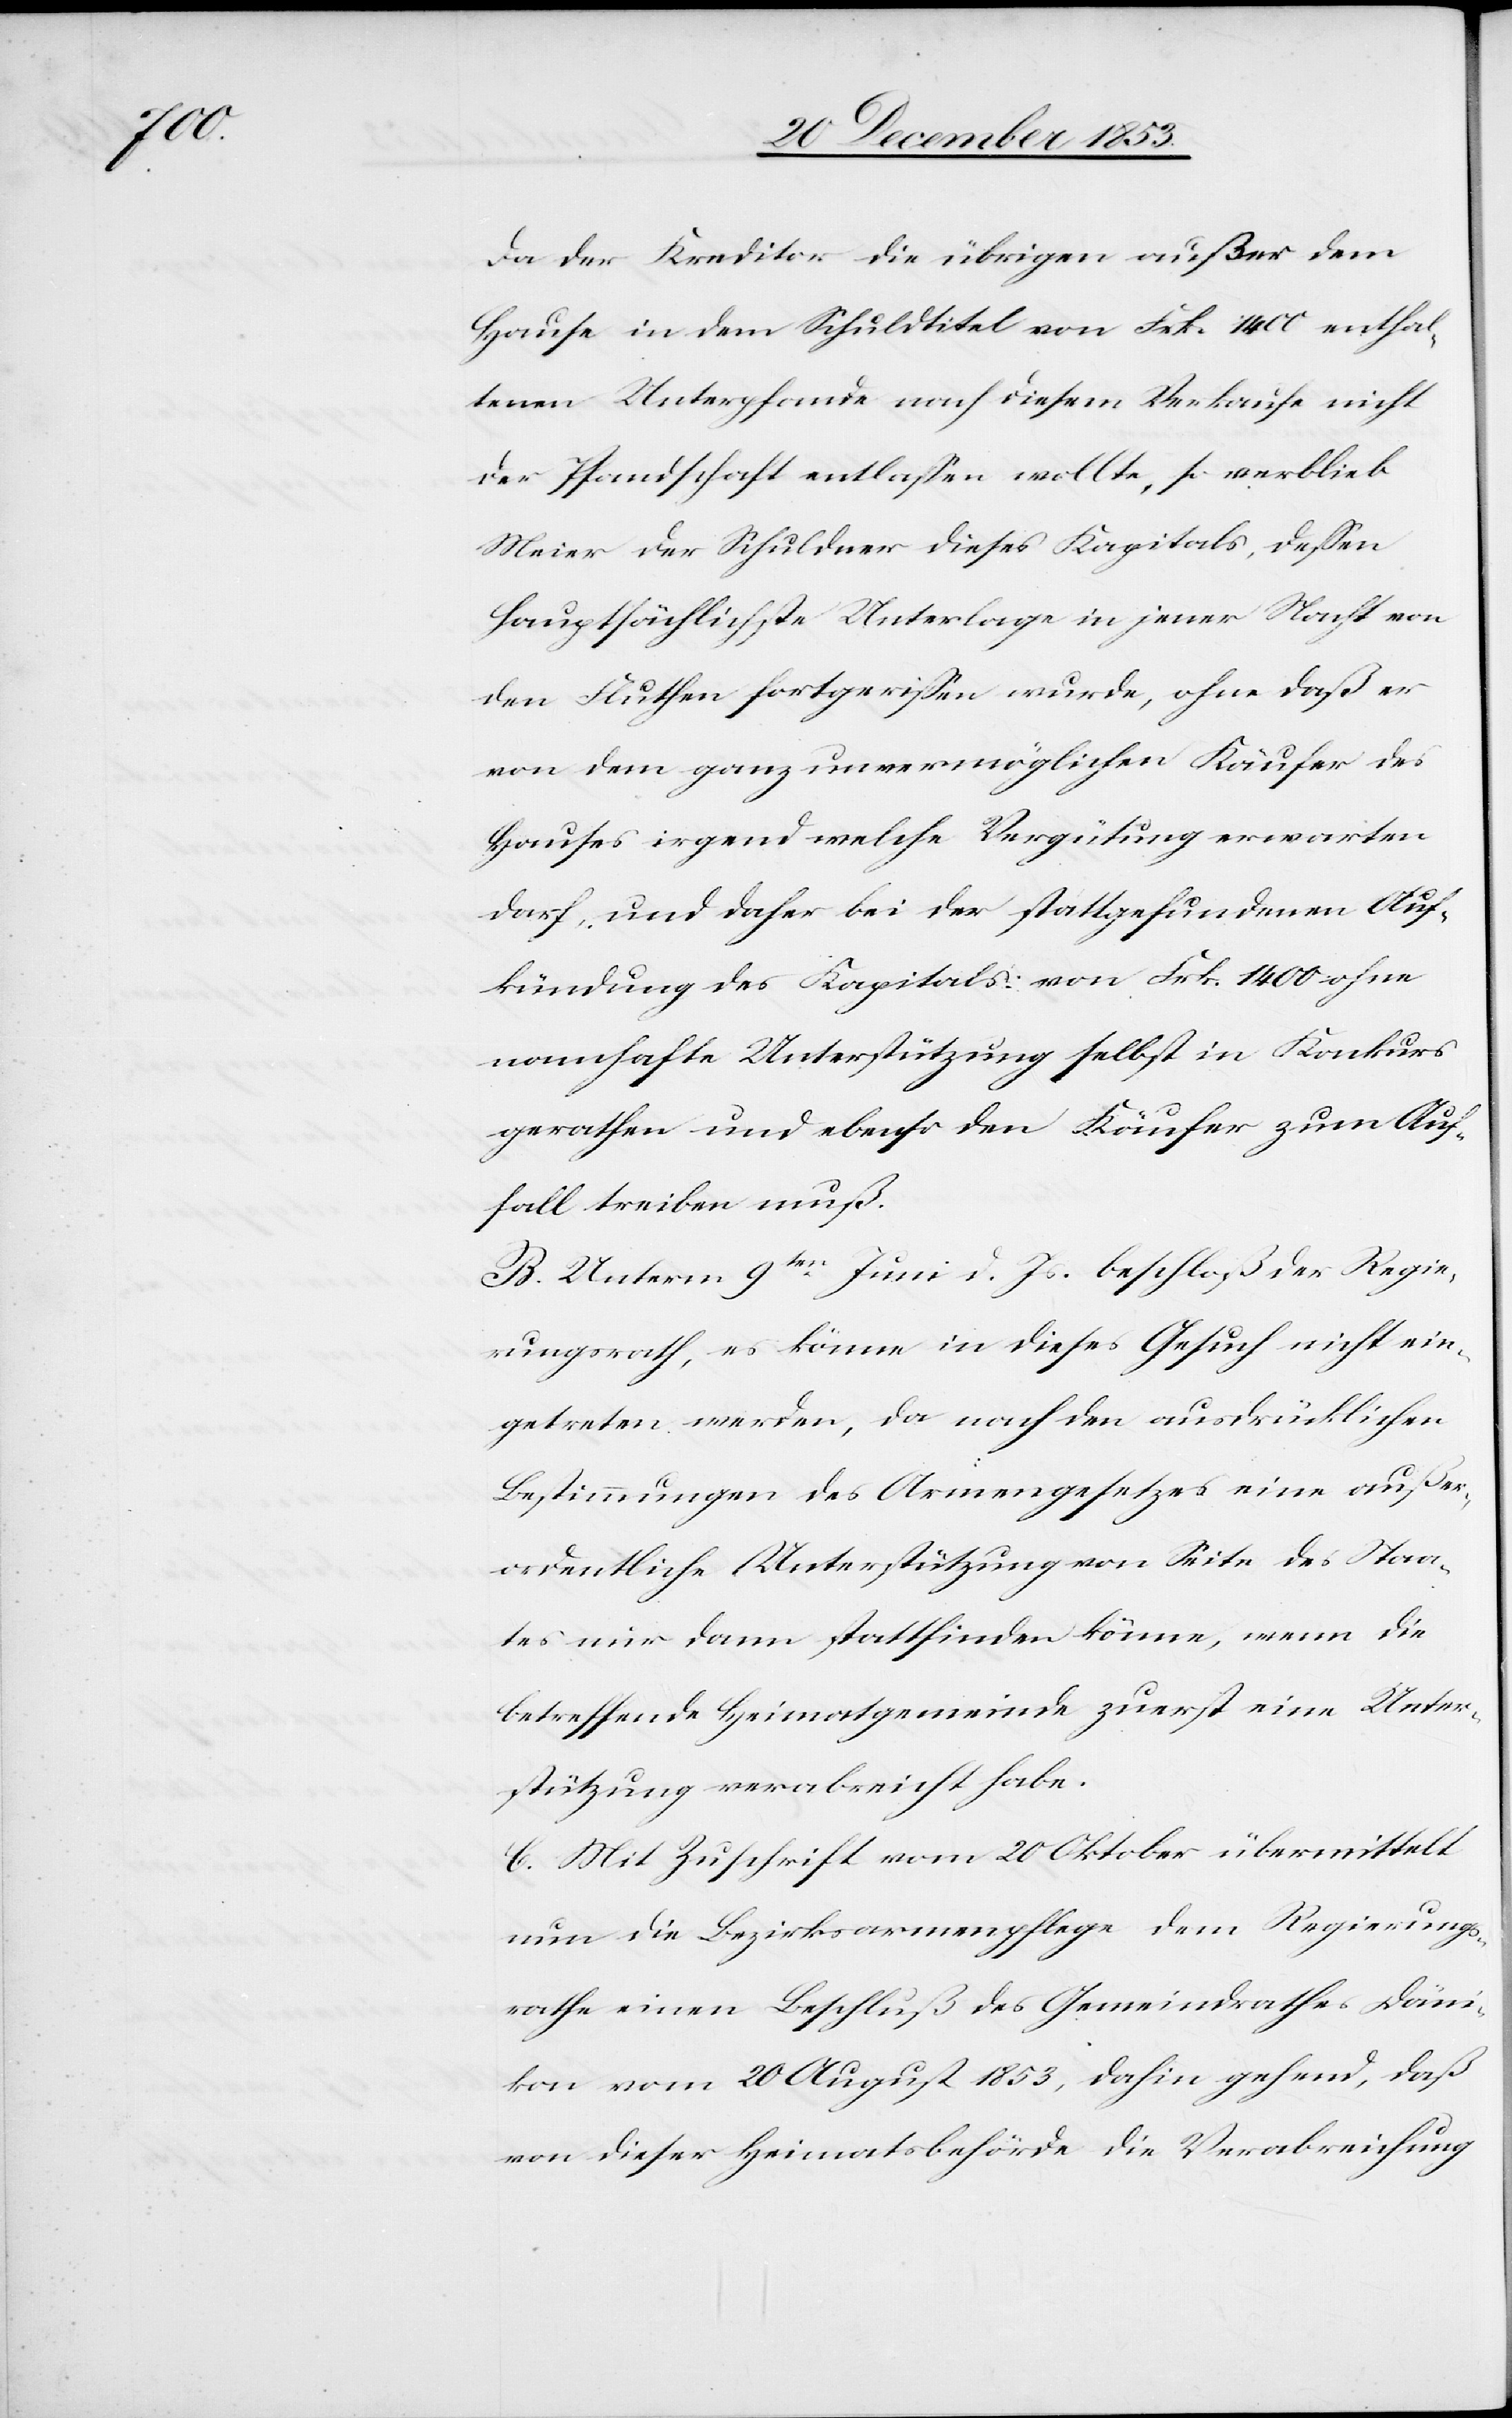
Da der Kreditor die übrigen außer dem
Hause in dem Schuldtitel von Frk. 1400 enthal¬
tenen Unterpfande nach diesem Verkaufe nicht
der Pfandschaft entlaßen wollte, so verblieb
Meier der Schuldner dieses Kapitals, deßen
hauptsächlichste Unterlage in jener Nacht von
den Fluthen fortgerißen wurde, ohne daß er
von dem ganz unvermöglichen Käufer des
Hauses irgend welche Vergütung erwarten
darf, und daher bei der stattgefundenen Auf¬
kündung des Kapitals von Frk. 1400 ohne
namhafte Unterstützung selbst in Konkurs
gerathen und ebenso den Käufer zum Auf¬
fall treiben muß.
B. Unterm 9ten Juni d. Js. beschloß der Regie¬
rungsrath, es könne in dieses Gesuch nicht ein¬
getreten werden, da nach den ausdrücklichen
Bestimmungen des Armengesetzes eine außer¬
ordentliche Unterstützung von Seite des Staa¬
tes nur dann stattfinden könne, wenn die
betreffende Heimatgemeinde zuerst eine Unter¬
stützung verabreicht habe.
C. Mit Zuschrift vom 20 Oktober übermittelt
nun die Bezirksarmenpflege dem Regierungs¬
rathe einen Beschluß des Gemeindrathes Däni¬
kon vom 20 August 1853, dahin gehend, daß
von dieser Heimatsbehörde die Verabreichung